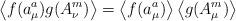
LaTeX: \begin{align*}\left\langle f(a^a_\mu) g(A^m_\nu) \right\rangle = \left\langle f(a^a_\mu) \right\rangle \left\langle g(A^m_\mu) \right\rangle\end{align*}